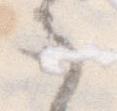
之